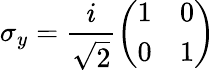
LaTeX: \sigma_{y}={\frac{i}{\sqrt{2}}}{\left(\begin{array}{ll}{1}&{0}\\ {0}&{1}\end{array}\right)}